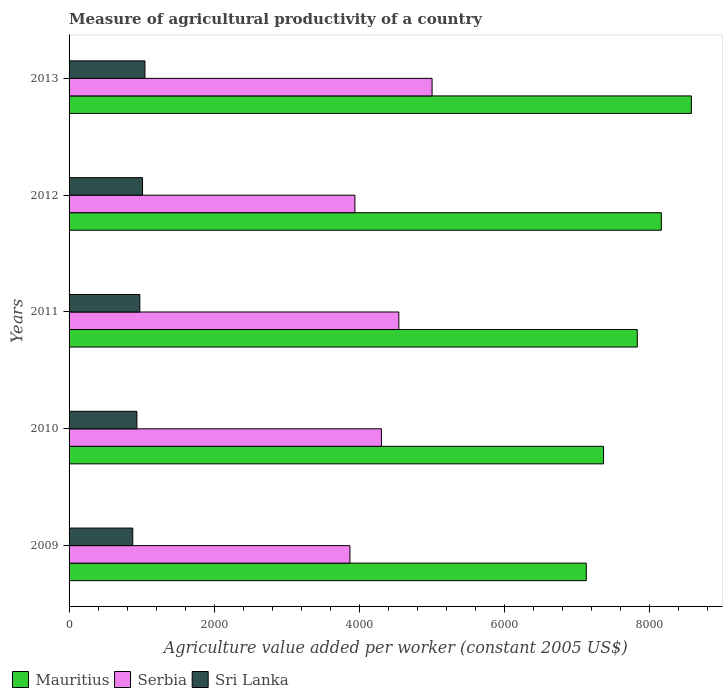
| Years | Mauritius | Serbia | Sri Lanka |
 | --- | --- | --- | --- |
 | 2009 | 7.13e+03 | 3.87e+03 | 878 |
 | 2010 | 7.36e+03 | 4.3e+03 | 935 |
 | 2011 | 7.83e+03 | 4.54e+03 | 975 |
 | 2012 | 8.16e+03 | 3.94e+03 | 1.01e+03 |
 | 2013 | 8.57e+03 | 5e+03 | 1.05e+03 |